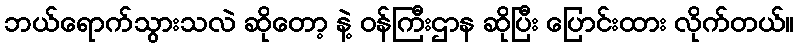
ဘယ်ရောက်သွားသလဲ ဆိုတော့ နဲ့ ဝန်ကြီးဌာန ဆိုပြီး ပြောင်းထား လိုက်တယ်။